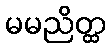
မမညိတ္ထ